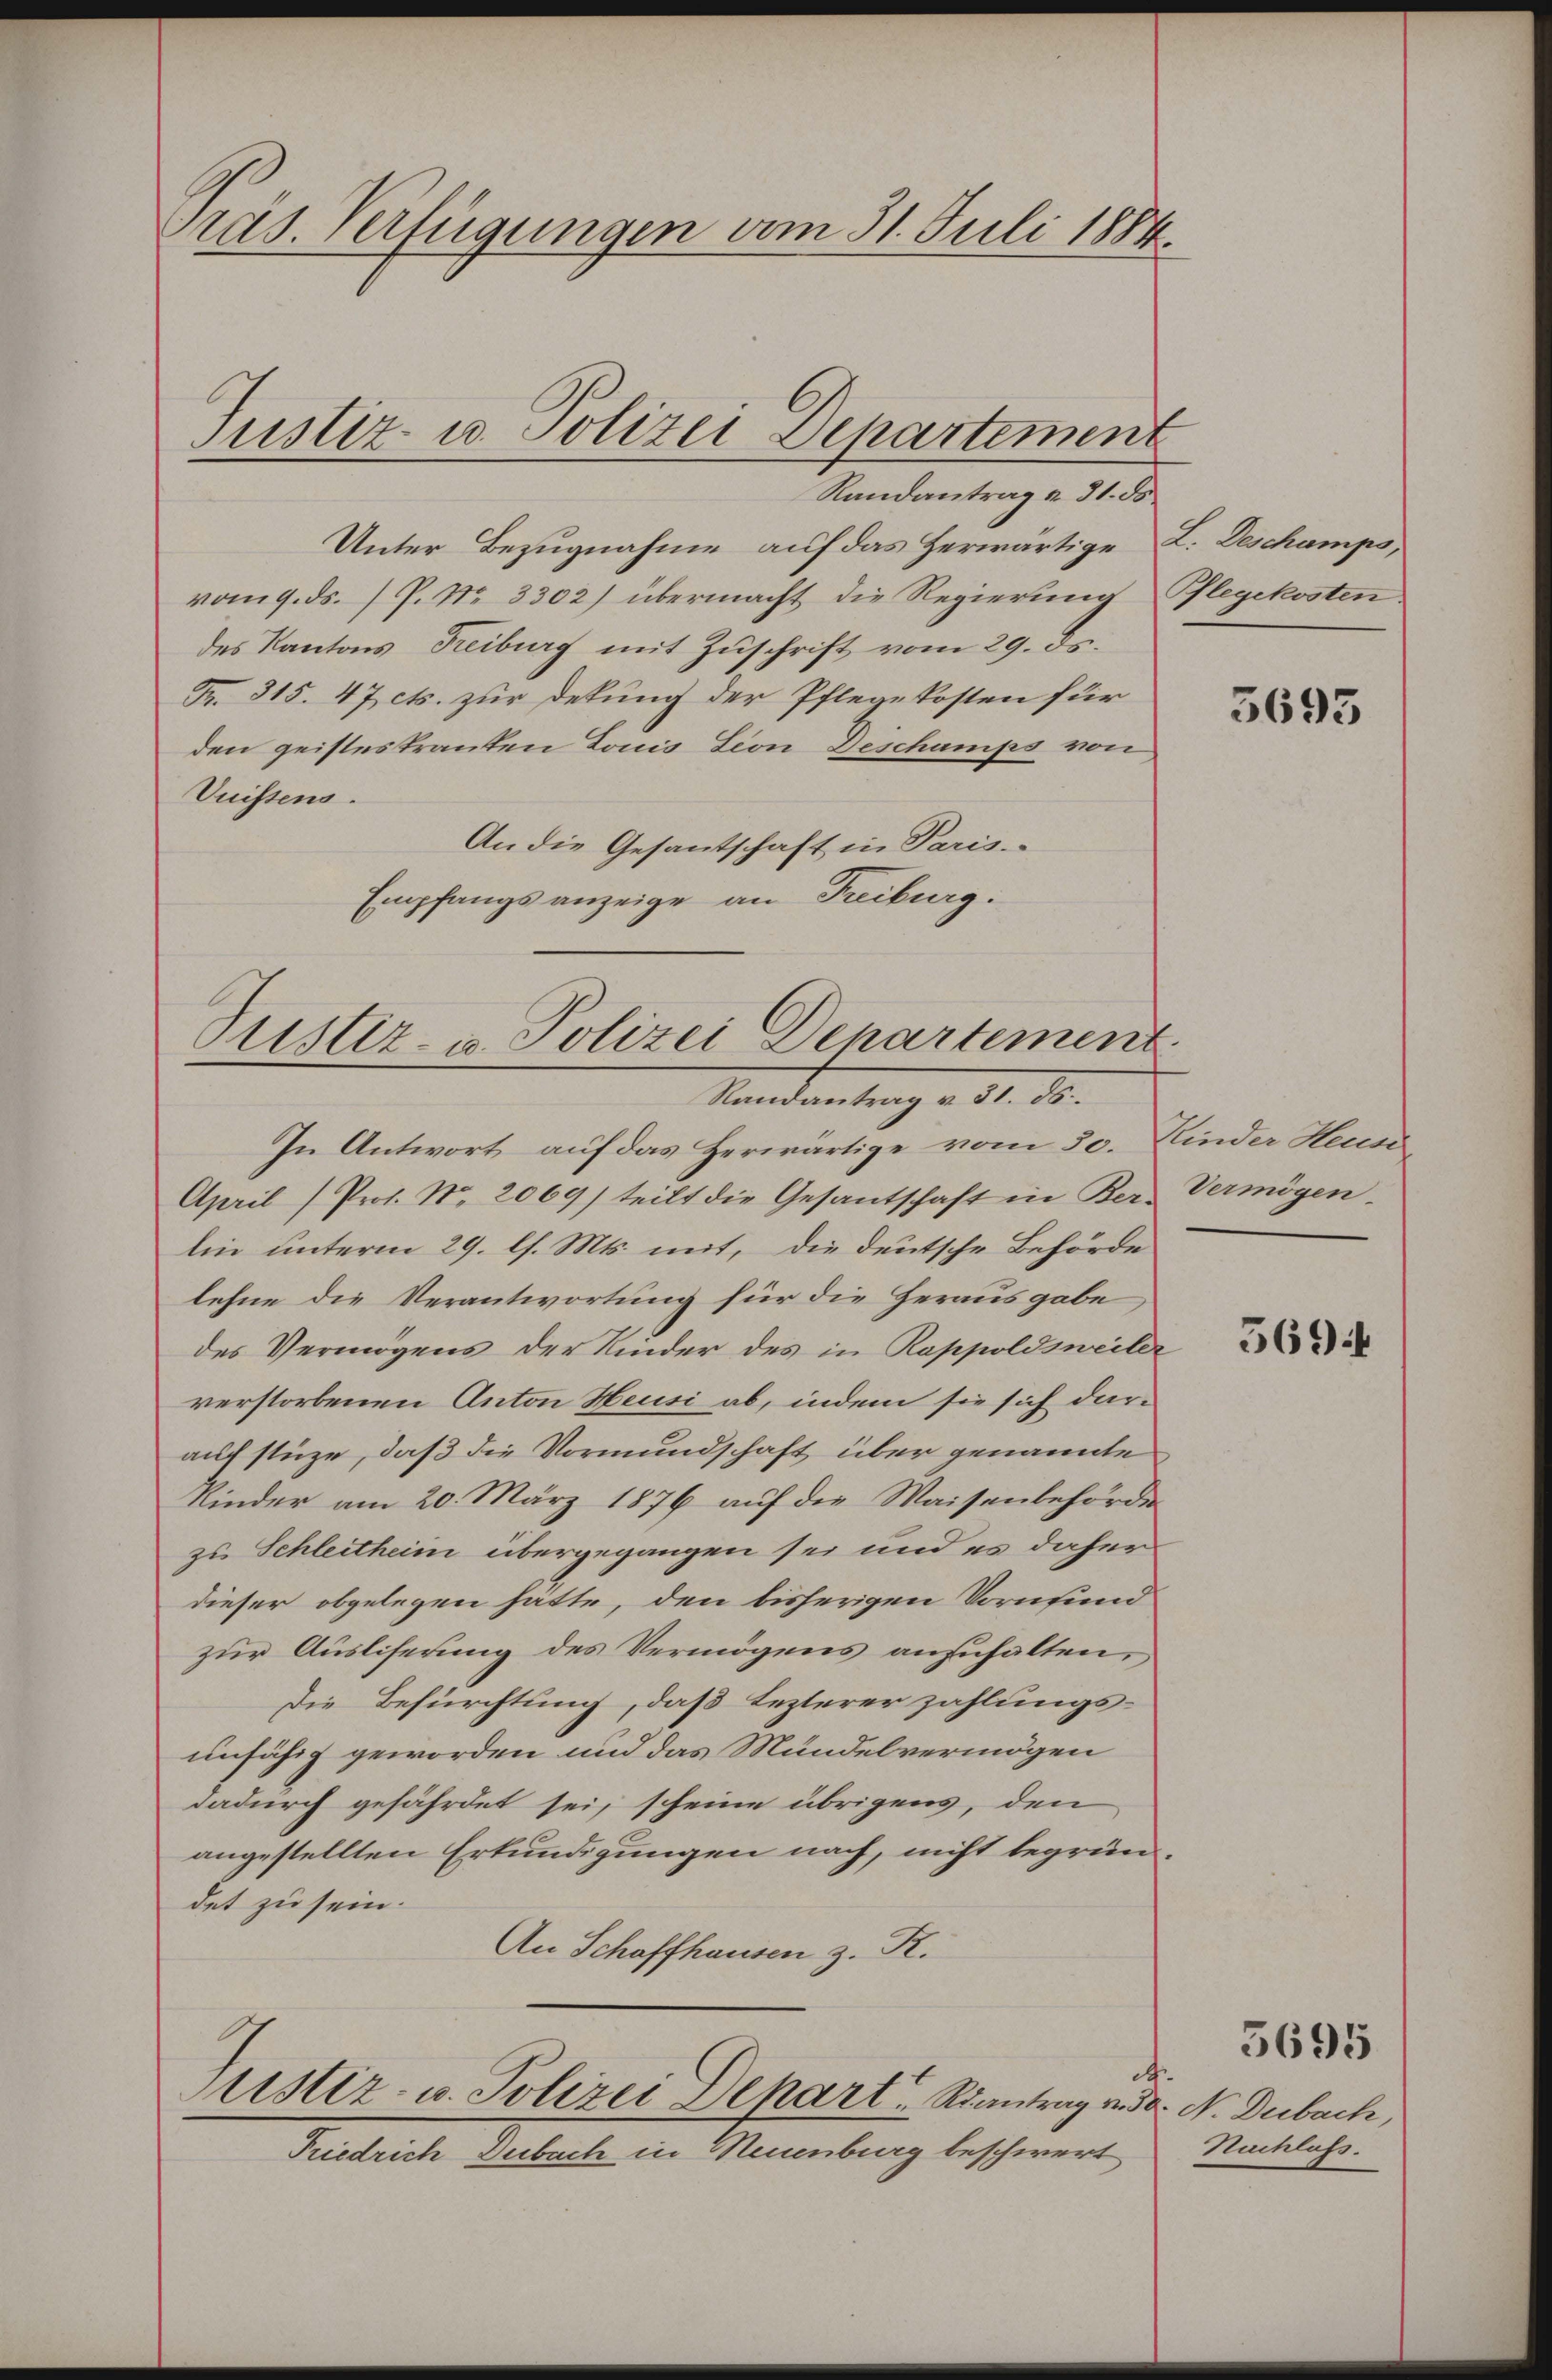
Präs. Verfügungen vom 31. Juli 1884.
Justiz- u. Polizei Departement
Randantrag u. 31. ds.

Unter Bezugnahme auf das Herwärtige
vom 9. ds. P. Nr. 3302) übermacht die Regierung
des Kantons Freiburg mit Zuschrift vom 29. ds.
Fr. 315. 47 cts. zur Dekung der Pflegekosten für
den geisteskranken Louis Lion Deschamps von
Vuissens.
An die Gesantschaft in Paris.
Empfangs anzeige an Freiburg.

Pustiz- u. Polizei Departement
Randantrag v. 31. ds.

ustiz- u. Polizei Depart Riantrag von da. N. Diebach,

Friedrich Dubach in Neuenburg beschwert

L. Deschamps,
Pflegekosten.

In Antwort auf das Herwärtige vom 30. Kinder Heuer
April (Prot. No. 2069) teilt die Gesantschaft in Ber-
lin unterm 29. ls. Mts. mit, die deutsche Behörde
lehne die Verantwortung für die Herausgabe
des Vermögens der Kinder des in Rappoldsweiler
verstorbenen Anton Heusi ab, indem sie sich daraufstüze, daß die Vormundschaft über genannte
Kinder am 20. März 1876 auf die Waisenbehörde
zu Schleitheim übergegangen sei und es daher
dieser obgelegen hätte, den bisherigen Vornfund
zur Ausliserung des Vermögens anzuhalten,
Die Befürchtung, daß lezterer zahlungs-
unfähig geworden und das Mündelvermögen
dadurch gefährdet sei, scheine übrigens, den
angestellten Erkundigungen nach, nicht begrün-
det zu sein.
An Schaffhausen z. R.

.

5693

Vermögen.

5694

Nachlass.

5695